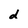
Character: d